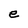
Character: e